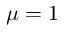
\mu = 1